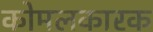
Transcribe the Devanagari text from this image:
कोमलकारक